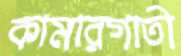
কামারগাতী